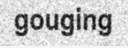
gouging